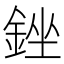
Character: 銼